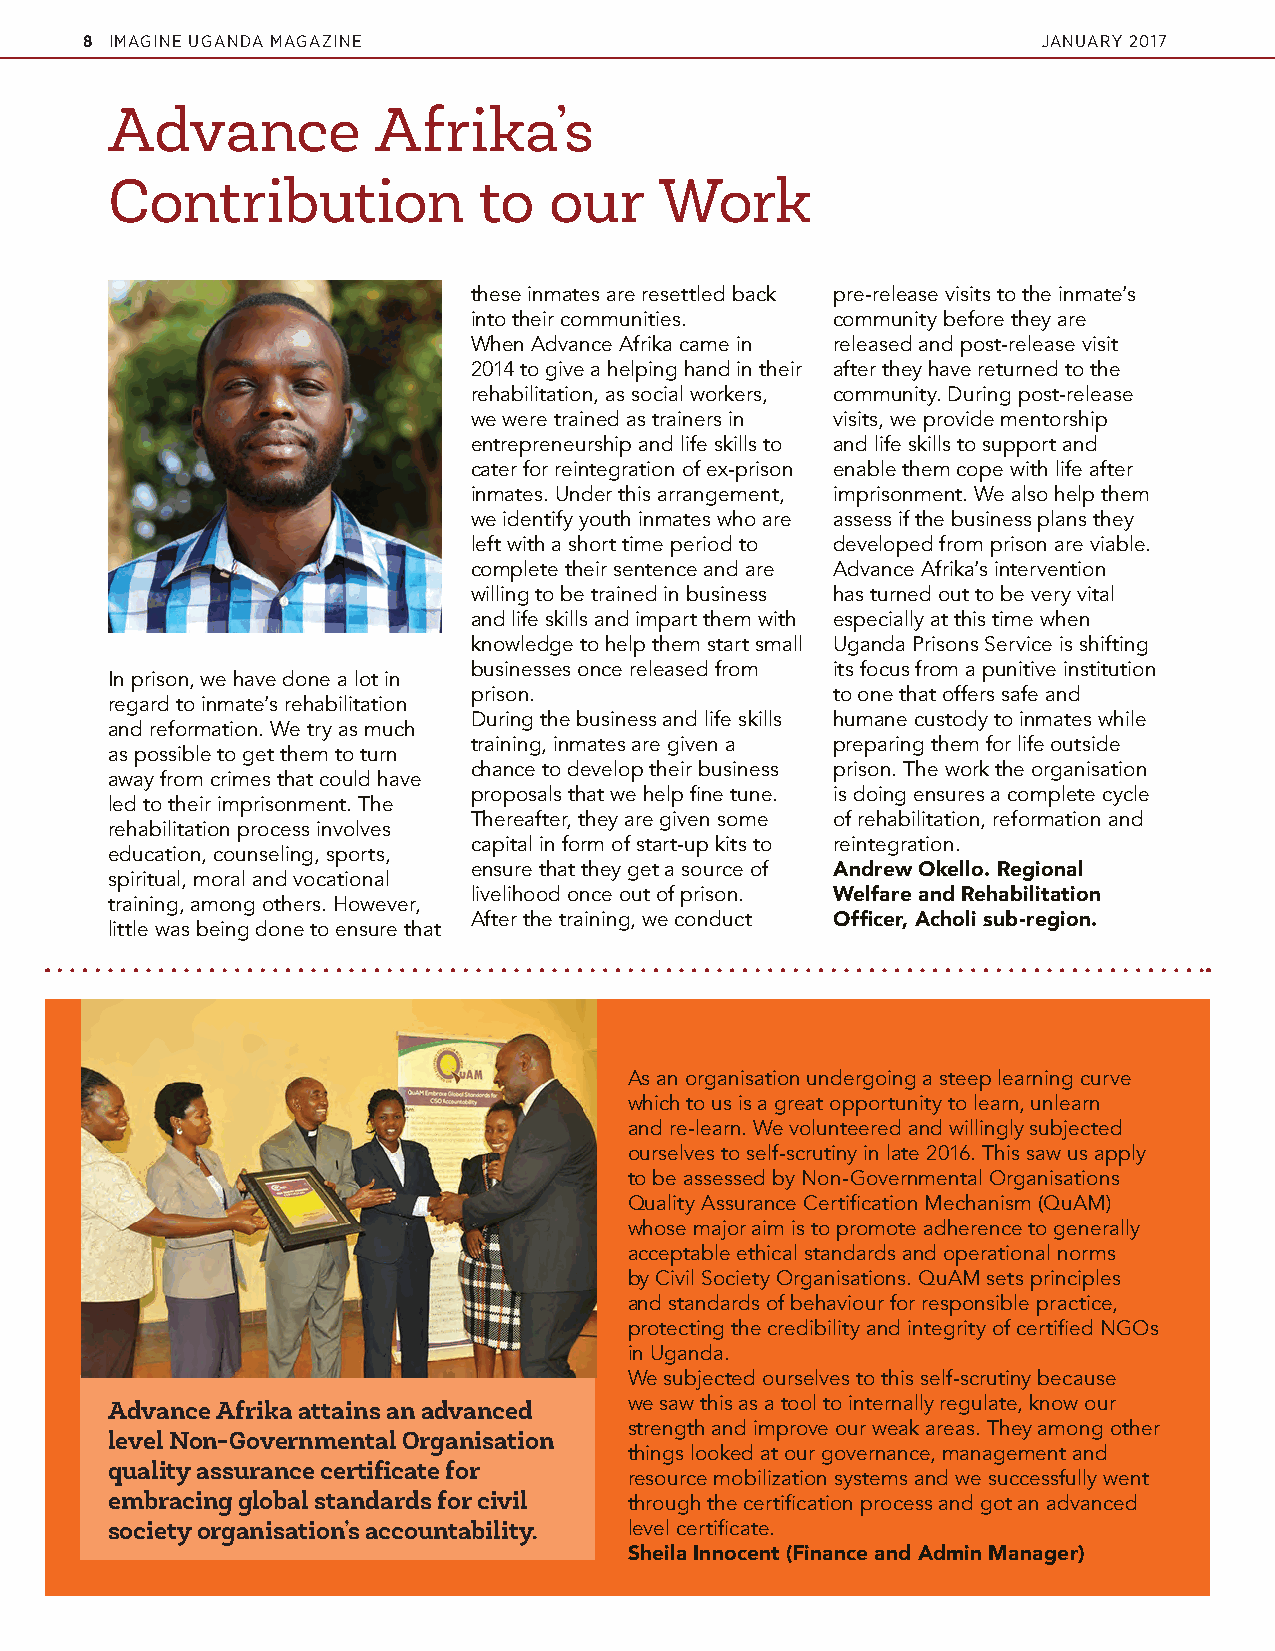
8 IMAGINE UGANDA MAGAZINE                                       JANUARY 2017
 Advance           Afrika’s
 Contribution             to  our     Work
 these inmates are resettled back pre-release visits to the inmate’s
 into their communities. community before they are
 When Advance Afrika came in released and post-release visit
 2014 to give a helping hand in their after they have returned to the
 rehabilitation, as social workers, community. During post-release
 we were trained as trainers in visits, we provide mentorship
 entrepreneurship and life skills to and life skills to support and
 cater for reintegration of ex-prison enable them cope with life after
 inmates. Under this arrangement, imprisonment. We also help them
 we identify youth inmates who are assess if the business plans they
 left with a short time period to developed from prison are viable.
 complete their sentence and are Advance Afrika’s intervention
 willing to be trained in business has turned out to be very vital
 and life skills and impart them with especially at this time when
 knowledge to help them start small Uganda Prisons Service is shifting
 businesses once released from its focus from a punitive institution
 In prison, we have done a lot in
 prison.                 to one that offers safe and
 regard to inmate’s rehabilitation
 During the business and life skills humane custody to inmates while
 and reformation. We try as much
 training, inmates are given a preparing them for life outside
 as possible to get them to turn
 chance to develop their business prison. The work the organisation
 away from crimes that could have
 proposals that we help fine tune. is doing ensures a complete cycle
 led to their imprisonment. The
 Thereafter, they are given some of rehabilitation, reformation and
 rehabilitation process involves
 capital in form of start-up kits to reintegration.
 education, counseling, sports,
 ensure that they get a source of Andrew Okello. Regional
 spiritual, moral and vocational
 livelihood once out of prison. Welfare and Rehabilitation
 training, among others. However,
 After the training, we conduct Officer, Acholi sub-region.
 little was being done to ensure that
 As an organisation undergoing a steep learning curve
 which to us is a great opportunity to learn, unlearn
 and re-learn. We volunteered and willingly subjected
 ourselves to self-scrutiny in late 2016. This saw us apply
 to be assessed by Non-Governmental Organisations
 Quality Assurance Certification Mechanism (QuAM)
 whose major aim is to promote adherence to generally
 acceptable ethical standards and operational norms
 by Civil Society Organisations. QuAM sets principles
 and standards of behaviour for responsible practice,
 protecting the credibility and integrity of certified NGOs
 in Uganda.
 We subjected ourselves to this self-scrutiny because
 Advance Afrika attains an advanced we saw this as a tool to internally regulate, know our
 strength and improve our weak areas. They among other
 level Non-Governmental Organisation
 things looked at our governance, management and
 quality assurance certificate for
 resource mobilization systems and we successfully went
 embracing global standards for civil through the certification process and got an advanced
 society organisation’s accountability. level certificate.
 Sheila Innocent (Finance and Admin Manager)